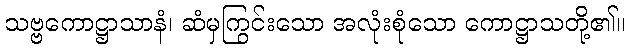
သဗ္ဗကောဋ္ဌာသာနံ၊ ဆံမှကြွင်းသော အလုံးစုံသော ကောဋ္ဌာသတို့၏။